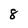
Character: 8